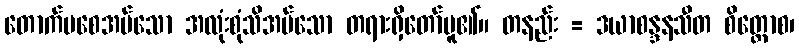
တောက်ပစေအပ်သော အလုံးစုံသိအပ်သော တရားရှိတော်မူ၏။ တနည်း = ဒယာစန္ဒနသီတ စိတ္တောစ၊